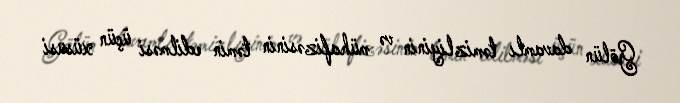
Gölün davamlı təmizliyinin və mühafizəsinin təmin edilməsi üçün xüsusi